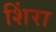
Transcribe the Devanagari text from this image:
शिंरा